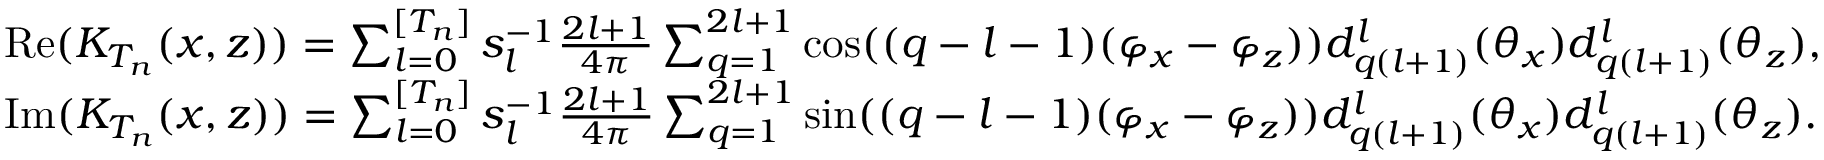
\begin{array} { r l } & { \mathrm { R e } ( K _ { T _ { n } } ( x , z ) ) = \sum _ { l = 0 } ^ { [ T _ { n } ] } s _ { l } ^ { - 1 } \frac { 2 l + 1 } { 4 \pi } \sum _ { q = 1 } ^ { 2 l + 1 } \cos ( ( q - l - 1 ) ( \varphi _ { x } - \varphi _ { z } ) ) d _ { q ( l + 1 ) } ^ { l } ( \theta _ { x } ) d _ { q ( l + 1 ) } ^ { l } ( \theta _ { z } ) , } \\ & { \mathrm { I m } ( K _ { T _ { n } } ( x , z ) ) = \sum _ { l = 0 } ^ { [ T _ { n } ] } s _ { l } ^ { - 1 } \frac { 2 l + 1 } { 4 \pi } \sum _ { q = 1 } ^ { 2 l + 1 } \sin ( ( q - l - 1 ) ( \varphi _ { x } - \varphi _ { z } ) ) d _ { q ( l + 1 ) } ^ { l } ( \theta _ { x } ) d _ { q ( l + 1 ) } ^ { l } ( \theta _ { z } ) . } \end{array}